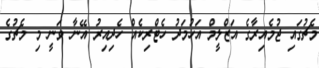
މެޗުގައި ޖުމެއިރާގެ އަޒްލީމް އަހުމަދު ހެޓްރިކެއް ހެދިއިރު އޭނާ ވަނީ މި މެޗުގެ